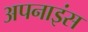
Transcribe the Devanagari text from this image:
अपनाइंस